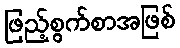
ဖြည့်စွက်စာအဖြစ်